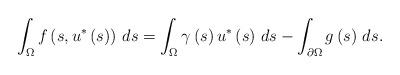
LaTeX: \begin{align*}\int_{\Omega}f\left( s,u^{\ast}\left( s\right) \right) \,ds=\int_{\Omega}\gamma\left( s\right) u^{\ast}\left( s\right) \,ds-\int_{\partial\Omega}g\left( s\right) \,ds.\end{align*}